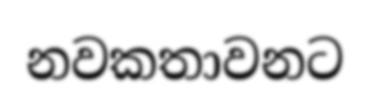
නවකතාවනට